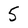
Character: 5